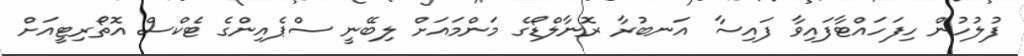
ފުލުހުން ހިފަހައްޓާފައިވާ ފައިސާ އަނބުރާ ރޮނާލްޑޯގެ މަންމައަށް ލިބޭނީ ސްޕެއިންގެ ޓެކްސް އޮތޯރިޓީއަށް